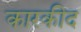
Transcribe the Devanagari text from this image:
कारकीद